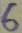
Text: 6